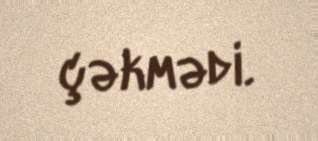
çəkmədi.